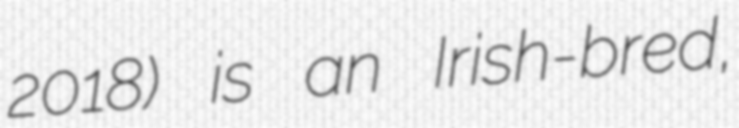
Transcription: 2018) is an Irish-bred,